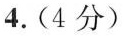
4.(4分)